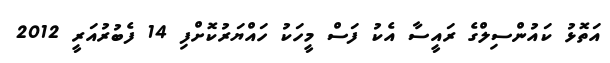
އަތޮޅު ކައުންސިލްގެ ރައީސާ އެކު ފަސް މީހަކު ހައްޔަރުކޮށްފި 14 ފެބުރުއަރީ 2012